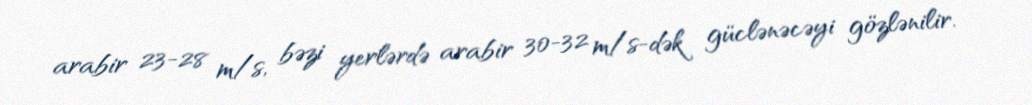
arabir 23-28 m/s, bəzi yerlərdə arabir 30-32 m/s-dək güclənəcəyi gözlənilir.